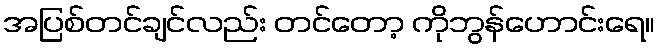
အပြစ်တင်ချင်လည်း တင်တော့ ကိုဘွန်ဟောင်းရေ။